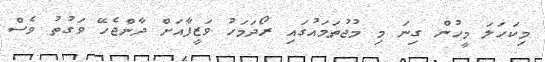
މިކަހަލަ މީހުން ގިނަ މި މުޖުތަމައުގައި ރޯދަމަހު ވަޒީފާއަށް ދާންޖެހޭ ވަގުތު ވެސް